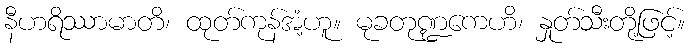
နီဟရိဿာမာတိ၊ ထုတ်ကုန်အံ့ဟူ။ မုခတုဏ္ဍကေဟိ၊ နှုတ်သီးတို့ဖြင့်။